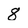
Character: 8